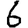
Digit: 6